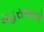
મહરાજનો